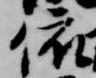
依